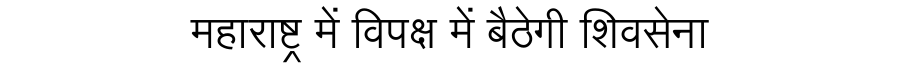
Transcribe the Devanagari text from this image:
महाराष्ट्र में विपक्ष में बैठेगी शिवसेना